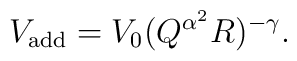
V_{\rm add} = V_0 (Q^{\alpha^2} R)^{-\gamma}.